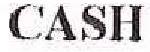
CASH